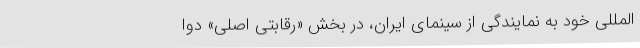
‌المللی خود به نمایندگی از سینمای ایران، در بخش «رقابتی اصلی» دوا